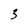
Character: 3